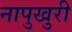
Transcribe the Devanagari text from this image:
नापुखुरी